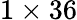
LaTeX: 1\times 36